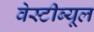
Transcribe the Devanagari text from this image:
वेस्टीब्यूल